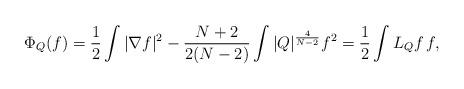
LaTeX: \begin{align*} \Phi_Q(f)=\frac{1}{2}\int |\nabla f|^2-\frac{N+2}{2(N-2)}\int |Q|^{\frac{4}{N-2}}f^2=\frac{1}{2}\int L_Qf\,f,\end{align*}